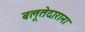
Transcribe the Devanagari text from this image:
बलूतेदाराना